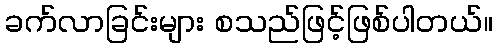
ခက်လာခြင်းများ စသည်ဖြင့်ဖြစ်ပါတယ်။